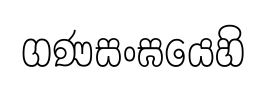
ගණසංඝයෙහි